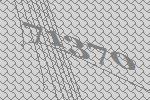
71370